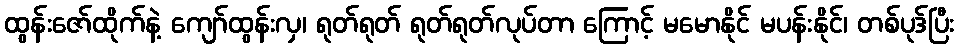
ထွန်းဇော်ထိုက်နဲ့ ကျော်ထွန်းလှ၊ ရုတ်ရုတ် ရုတ်ရုတ်လုပ်တာ ကြောင့် မမောနိုင် မပန်းနိုင်၊ တစ်ပုဒ်ပြီး